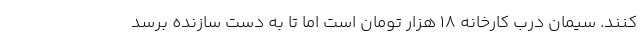
کنند. سیمان درب کارخانه ۱۸ هزار تومان است اما تا به دست سازنده برسد